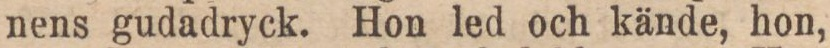
nens gudadryck. Hon led och kände, hon,